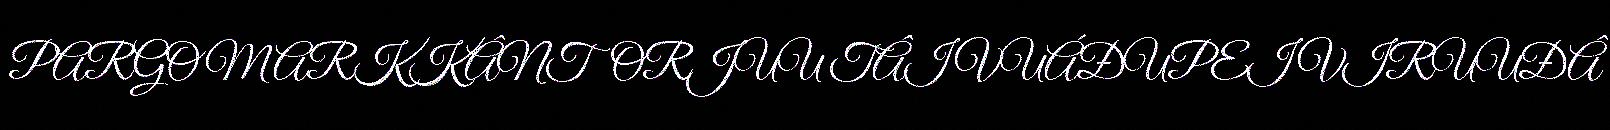
PARGOMARKKÂNTORJUU TÂI VUÁĐUPEIVIRUUĐÂ